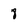
Character: 8